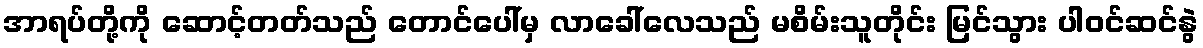
အာရပ်တို့ကို ဆောင့်တတ်သည် တောင်ပေါ်မှ လာခေါ်လေသည် မစိမ်းသူတိုင်း မြင်သွား ပါဝင်ဆင်နွဲ